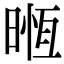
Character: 𣈶